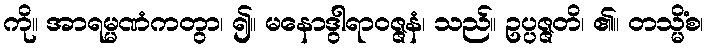
ကို။ အာရမ္မဏံကတွာ၊ ၍။ မနောဒွါရာဝဇ္ဇနံ၊ သည်။ ဥပ္ပဇ္ဇတိ၊ ၏။ တသ္မိံစ၊